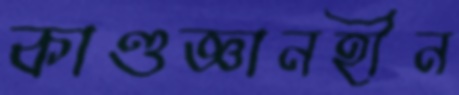
কাণ্ডজ্ঞানহীন